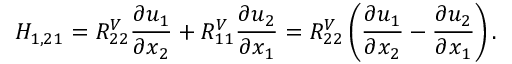
H _ { 1 , 2 1 } = R _ { 2 2 } ^ { V } \frac { \partial u _ { 1 } } { \partial x _ { 2 } } + R _ { 1 1 } ^ { V } \frac { \partial u _ { 2 } } { \partial x _ { 1 } } = R _ { 2 2 } ^ { V } \left( \frac { \partial u _ { 1 } } { \partial x _ { 2 } } - \frac { \partial u _ { 2 } } { \partial x _ { 1 } } \right) .